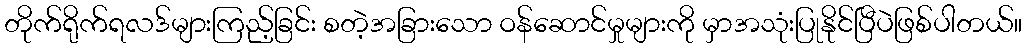
တိုက်ရိုက်ရလဒ်များကြည့်ခြင်း စတဲ့အခြားသော ဝန်ဆောင်မှုများကို မှာအသုံးပြုနိုင်ပြီပဲဖြစ်ပါတယ်။